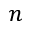
n